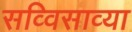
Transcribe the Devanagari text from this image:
सव्विसाव्या